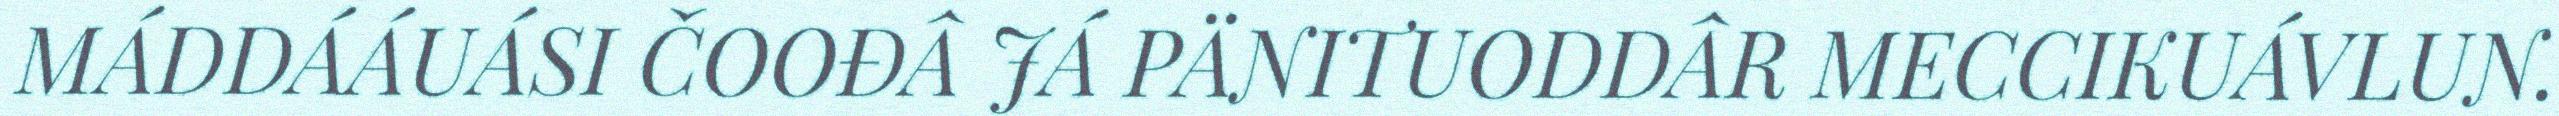
MÁDDÁÁUÁSI ČOOĐÂ JÁ PÄNITUODDÂR MECCIKUÁVLUN.